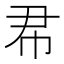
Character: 𢁨